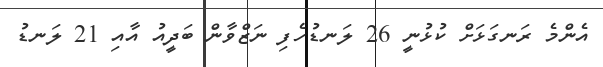
އެންމެ ރަނގަޅަށް ކުޅުނީ 26 ލަނޑުހެފި ނަޒްވާން ބަދީއު އާއި 21 ލަނޑު